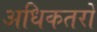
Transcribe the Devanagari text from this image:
अधिकतरों